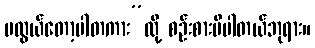
မလွယ်တော့ပါတကား”လို့ စဉ်းစားမိပါတယ်ဘုရား။